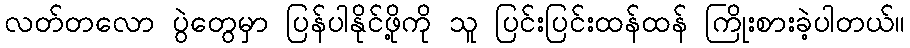
လတ်တလော ပွဲတွေမှာ ပြန်ပါနိုင်ဖို့ကို သူ ပြင်းပြင်းထန်ထန် ကြိုးစားခဲ့ပါတယ်။